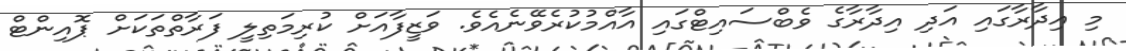
މި އިދާރާގައި އަދި އިދާރާގެ ވެބްސައިޓްގައި އާއްމުކުރެވޭނެއެވެ. ވަޒީފާއަށް ކުރިމަތިލީ ފަރާތްތަކަށް ޕޮއިންޓް